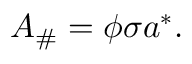
\boldsymbol { A } _ { \# } = \boldsymbol { \phi } \boldsymbol { \sigma } \boldsymbol { a } ^ { * } .